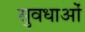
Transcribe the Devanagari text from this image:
सुवधाओं